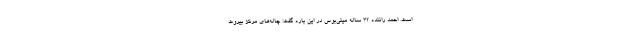
است. احمد راننده 32 ساله مینی‌بوس در این باره گفت: چاله‌های مرکز بیروت